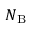
N _ { \mathrm { B } }